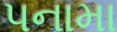
પનામા